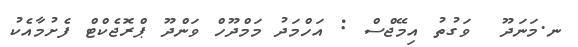
ނ.މަނަދޫ  ވަގުތު އިމޭޖްސް : އަހްމަދު މަމްދޫހް ވަންދޫ ޕްރޮޖެކްޓް ފެށުމާއެކު